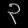
Digit: ၃